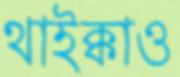
থাইক্কাও